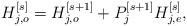
LaTeX: \begin{align*}H_{j,o}^{[s]} = H_{j,o}^{[s+1]} + P_j^{[s+1]} H_{j,e}^{[s]},\end{align*}